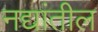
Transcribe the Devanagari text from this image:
नद्यांतील